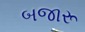
બજારૂ